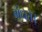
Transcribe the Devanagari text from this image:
बांधते।